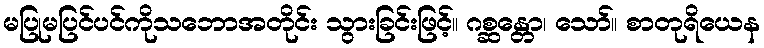
မပြုမပြင်ပင်ကိုသဘောအတိုင်း သွားခြင်းဖြင့်။ ဂစ္ဆန္တော၊ သော်။ စာတုရိယေန